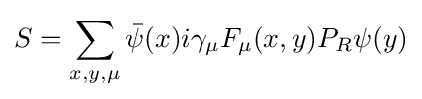
S=\sum _{x,y,\mu }{\bar {\psi }}(x)i\gamma _{\mu }F_{\mu }(x,y)P_{R}\psi (y)